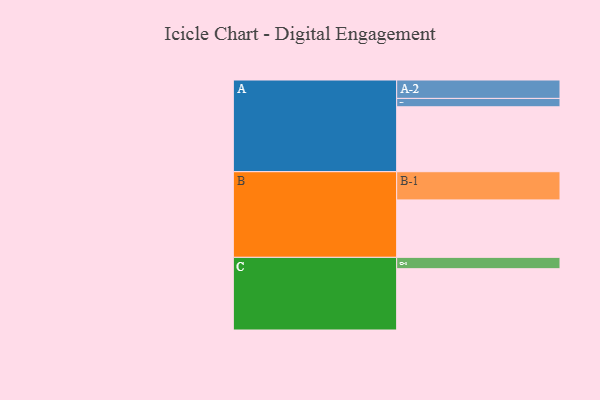
{"axis": {"x": "Segment", "y": "Value"}, "legend": ["", "A", "B", "C"], "data": [{"x": "A", "y": 504, "type": ""}, {"x": "B", "y": 446, "type": ""}, {"x": "C", "y": 476, "type": ""}, {"x": "A-1", "y": 65, "type": "A"}, {"x": "A-2", "y": 143, "type": "A"}, {"x": "B-1", "y": 219, "type": "B"}, {"x": "C-1", "y": 88, "type": "C"}]}